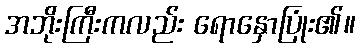
အဘိုးကြီးကလည်း ရောနှောပြုံး၏။